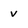
Character: v